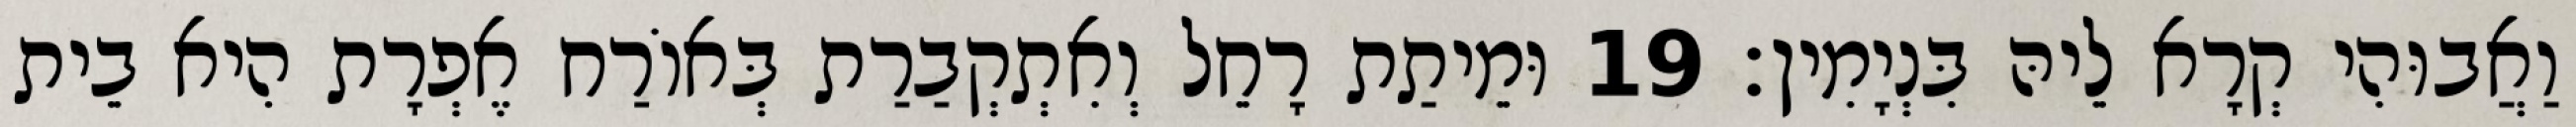
וַאֲבוּהִי קְרָא לֵיהּ בִּנְיָמִין׃ 19 וּמֵיתַת רָחֵל וְאִתְקְבַרַת בְּאוֹרַח אֶפְרָת הִיא בֵית